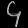
Digit: ၄